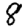
Digit: 8